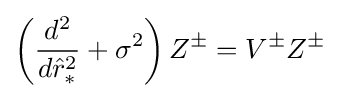
\left({\frac {d^{2}}{d{\hat {r}}_{*}^{2}}}+\sigma ^{2}\right)Z^{\pm }=V^{\pm }Z^{\pm }